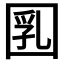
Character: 𡇲